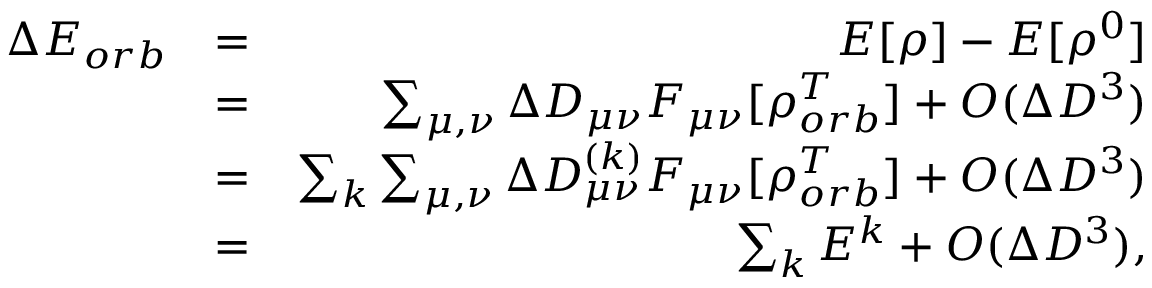
\begin{array} { r l r } { \Delta E _ { o r b } } & { = } & { E [ \rho ] - E [ \rho ^ { 0 } ] } \\ & { = } & { \sum _ { \mu , \nu } \Delta D _ { \mu \nu } F _ { \mu \nu } [ \rho _ { o r b } ^ { T } ] + O ( \Delta D ^ { 3 } ) } \\ & { = } & { \sum _ { k } \sum _ { \mu , \nu } \Delta D _ { \mu \nu } ^ { ( k ) } F _ { \mu \nu } [ \rho _ { o r b } ^ { T } ] + O ( \Delta D ^ { 3 } ) } \\ & { = } & { \sum _ { k } E ^ { k } + O ( \Delta D ^ { 3 } ) , } \end{array}